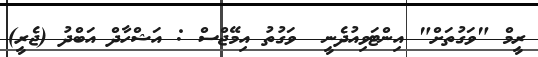
ރީމް "ވަގުތަށް" އިންޓަވިއުދެނީ  ވަގުތު އިމޭޖްސް : އަޝްހާދް އަބްދު (ޖެރީ)